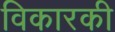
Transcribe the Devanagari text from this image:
विकारकी